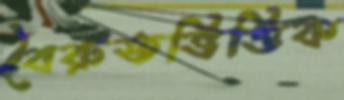
বৈরুতভিত্তিক